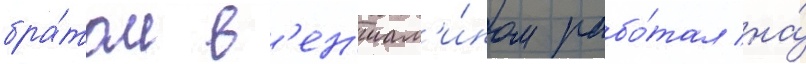
бра́том в'ен'иам'и́ном рабо́тал на́